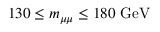
1 3 0 \leq \ensuremath { m _ { \mu \mu } } \leq 1 8 0 \ \mathrm { G e V }